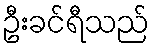
ဦးခင်ရီသည်